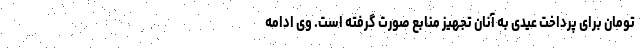
تومان برای پرداخت عیدی به آنان تجهیز منابع صورت گرفته است. وی ادامه